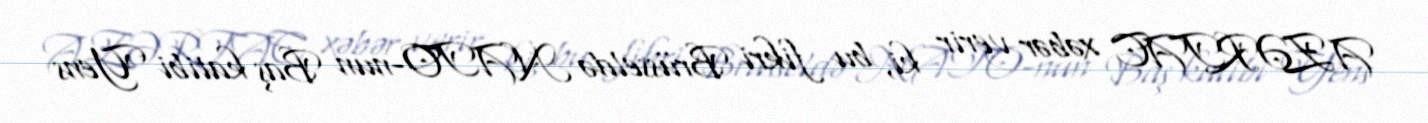
AZƏRTAC xəbər verir ki, bu fikri Brüsseldə NATO-nun Baş katibi Yens